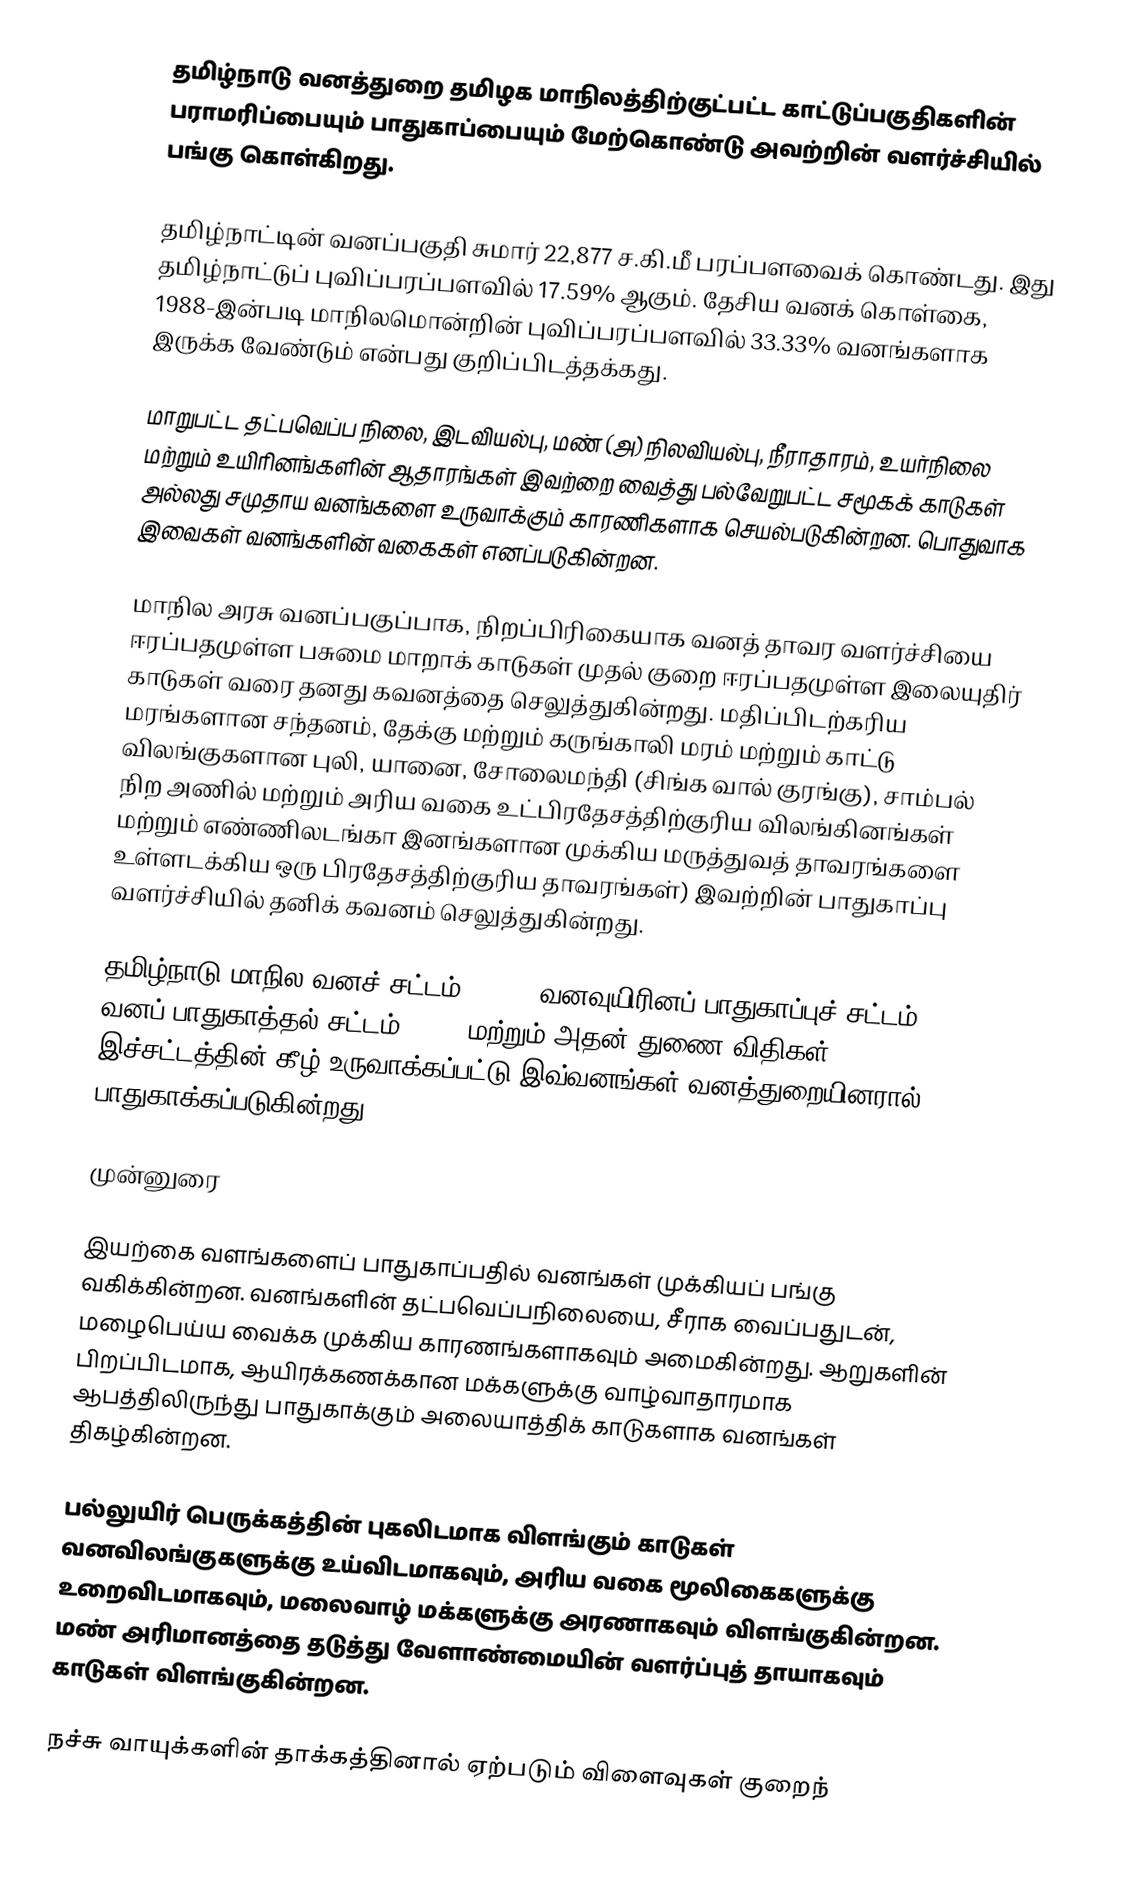
தமிழ்நாடு வனத்துறை தமிழக மாநிலத்திற்குட்பட்ட காட்டுப்பகுதிகளின் பராமரிப்பையும் பாதுகாப்பையும் மேற்கொண்டு அவற்றின் வளர்ச்சியில் பங்கு கொள்கிறது.

தமிழ்நாட்டின் வனப்பகுதி சுமார் 22,877 ச.கி.மீ பரப்பளவைக் கொண்டது. இது தமிழ்நாட்டுப் புவிப்பரப்பளவில் 17.59% ஆகும். தேசிய வனக் கொள்கை, 1988-இன்படி மாநிலமொன்றின் புவிப்பரப்பளவில் 33.33% வனங்களாக இருக்க வேண்டும் என்பது குறிப்பிடத்தக்கது.

மாறுபட்ட தட்பவெப்ப நிலை, இடவியல்பு, மண் (அ) நிலவியல்பு, நீராதாரம், உயர்நிலை மற்றும் உயிரினங்களின் ஆதாரங்கள் இவற்றை வைத்து பல்வேறுபட்ட சமூகக் காடுகள் அல்லது சமுதாய வனங்களை உருவாக்கும் காரணிகளாக செயல்படுகின்றன. பொதுவாக இவைகள் வனங்களின் வகைகள் எனப்படுகின்றன.

மாநில அரசு வனப்பகுப்பாக, நிறப்பிரிகையாக வனத் தாவர வளர்ச்சியை ஈரப்பதமுள்ள பசுமை மாறாக் காடுகள் முதல் குறை ஈரப்பதமுள்ள இலையுதிர் காடுகள் வரை தனது கவனத்தை செலுத்துகின்றது. மதிப்பிடற்கரிய மரங்களான சந்தனம், தேக்கு மற்றும் கருங்காலி மரம் மற்றும் காட்டு விலங்குகளான புலி, யானை, சோலைமந்தி (சிங்க வால் குரங்கு), சாம்பல் நிற அணில் மற்றும் அரிய வகை உட்பிரதேசத்திற்குரிய விலங்கினங்கள் மற்றும் எண்ணிலடங்கா இனங்களான முக்கிய மருத்துவத் தாவரங்களை உள்ளடக்கிய ஒரு பிரதேசத்திற்குரிய தாவரங்கள்) இவற்றின் பாதுகாப்பு வளர்ச்சியில் தனிக் கவனம் செலுத்துகின்றது.

தமிழ்நாடு மாநில வனச் சட்டம், 1882, வனவுயிரினப் பாதுகாப்புச் சட்டம் 1972, வனப் பாதுகாத்தல் சட்டம், 1980 மற்றும் அதன் துணை விதிகள் இச்சட்டத்தின் கீழ் உருவாக்கப்பட்டு இவ்வனங்கள் வனத்துறையினரால் பாதுகாக்கப்படுகின்றது.

முன்னுரை

இயற்கை வளங்களைப் பாதுகாப்பதில் வனங்கள் முக்கியப் பங்கு வகிக்கின்றன. வனங்களின் தட்பவெப்பநிலையை, சீராக வைப்பதுடன், மழைபெய்ய வைக்க முக்கிய காரணங்களாகவும் அமைகின்றது. ஆறுகளின் பிறப்பிடமாக, ஆயிரக்கணக்கான மக்களுக்கு வாழ்வாதாரமாக ஆபத்திலிருந்து பாதுகாக்கும் அலையாத்திக் காடுகளாக வனங்கள் திகழ்கின்றன.

பல்லுயிர் பெருக்கத்தின் புகலிடமாக விளங்கும் காடுகள் வனவிலங்குகளுக்கு உய்விடமாகவும், அரிய வகை மூலிகைகளுக்கு உறைவிடமாகவும், மலைவாழ் மக்களுக்கு அரணாகவும் விளங்குகின்றன. மண் அரிமானத்தை தடுத்து வேளாண்மையின் வளர்ப்புத் தாயாகவும் காடுகள் விளங்குகின்றன.

நச்சு வாயுக்களின் தாக்கத்தினால் ஏற்படும் விளைவுகள் குறைந்